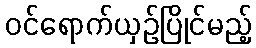
ဝင်ရောက်ယှဉ်ပြိုင်မည့်